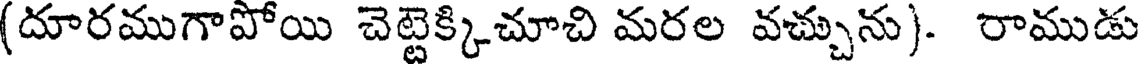
(దూరముగాపోయి చెట్టెక్కిచూచి మరల వచ్చును). రాముడు